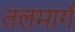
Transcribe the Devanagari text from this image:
तलमार्ग